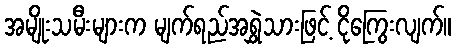
အမျိုးသမီးများက မျက်ရည်အရွှဲသားဖြင့် ငိုကြွေးလျက်။